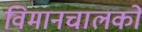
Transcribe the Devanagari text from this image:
विमानचालको